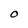
Character: O